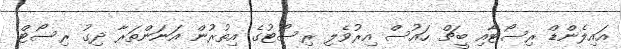
އައިލެންޑް ރިސޯޓާއި ބީޗް ހައުސް އިރުވެލި ރިސޯޓުގެ އިތުރުން އަނަންތަރާ ދިގު ރިސޯޓް